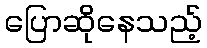
ပြောဆိုနေသည့်